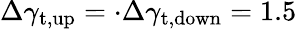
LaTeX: \Delta\gamma_{\mathrm{t,up}}=\cdot\Delta\gamma_{\mathrm{t,down}}=1.5